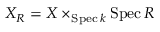
X _ { R } = X \times _ { \operatorname { S p e c } k } \operatorname { S p e c } R